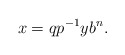
\begin{align*}x=qp^{-1}yb^n.\end{align*}